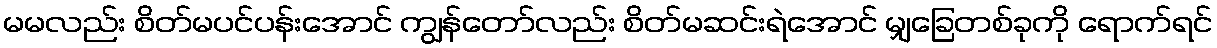
မမလည်း စိတ်မပင်ပန်းအောင် ကျွန်တော်လည်း စိတ်မဆင်းရဲအောင် မျှခြေတစ်ခုကို ရောက်ရင်